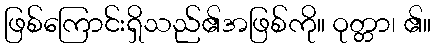
ဖြစ်ကြောင်းရှိသည်၏အဖြစ်ကို။ ဝုတ္တာ၊ ၏။